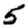
Digit: 5